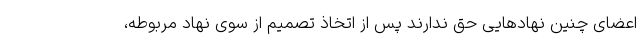
اعضای چنین نهادهایی حق ندارند پس از اتخاذ تصمیم از سوی نهاد مربوطه،